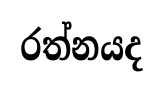
රත්නයද